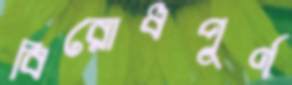
বিরোধপূর্ণ